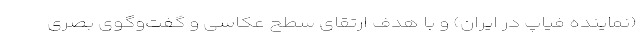
(نماینده فیاپ در ایران) و با هدف ارتقای سطح عکاسی و گفت‌وگوی بصری